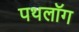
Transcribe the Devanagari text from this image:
पथलॉग